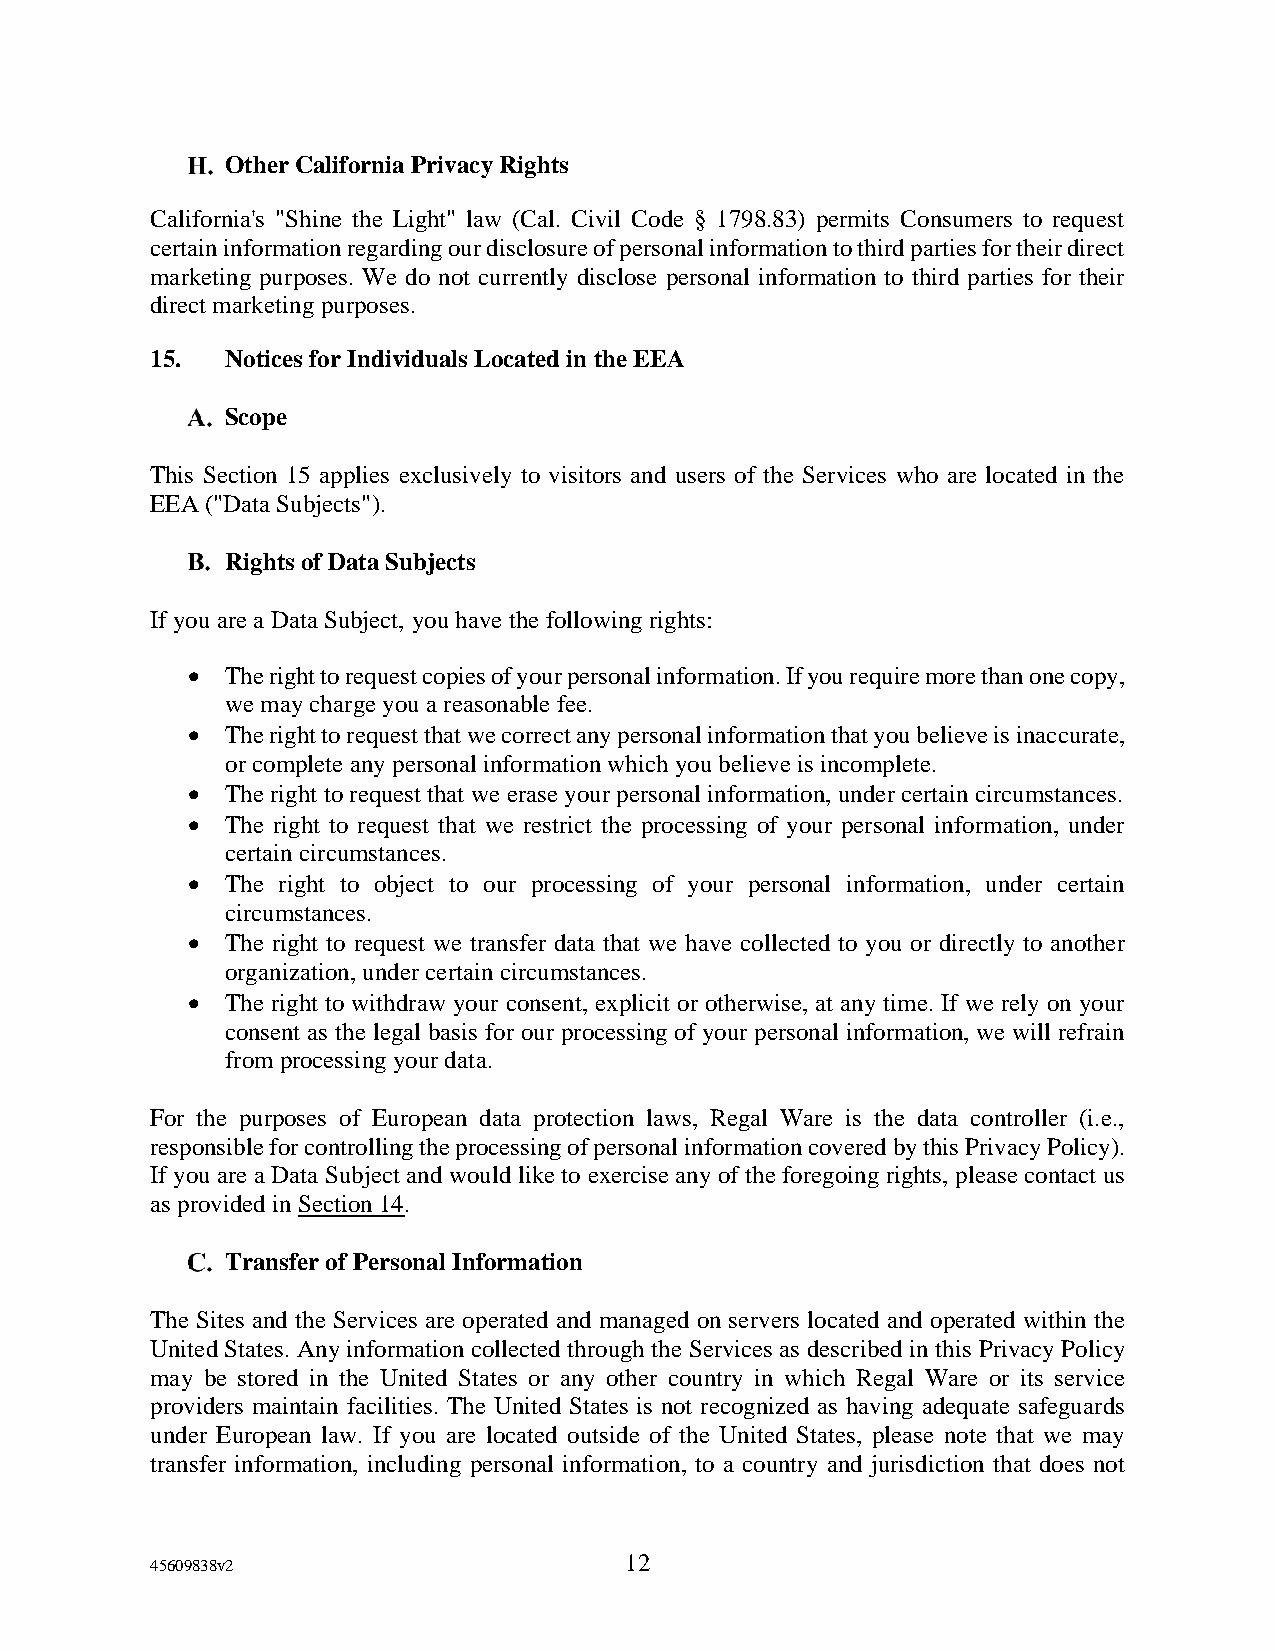
Other California Privacy Rights
 California's "Shine the Light" law (Cal. Civil Code § 1798.83) permits Consumers to request
 certain information regarding our disclosure of personal information to third parties for their direct
 marketing purposes. We do not currently disclose personal information to third parties for their
 direct marketing purposes.
 15.  Notices for Individuals Located in the EEA
 Scope
 This Section 15 applies exclusively to visitors and users of the Services who are located in the
 EEA ("Data Subjects").
 Rights of Data Subjects
 If you are a Data Subject, you have the following rights:
 •  The right to request copies of your personal information. If you require more than one copy,
 we may charge you a reasonable fee.
 •  The right to request that we correct any personal information that you believe is inaccurate,
 or complete any personal information which you believe is incomplete.
 •  The right to request that we erase your personal information, under certain circumstances.
 •  The right to request that we restrict the processing of your personal information, under
 certain circumstances.
 •  The right to object to our processing of your personal information, under certain
 circumstances.
 •  The right to request we transfer data that we have collected to you or directly to another
 organization, under certain circumstances.
 •  The right to withdraw your consent, explicit or otherwise, at any time. If we rely on your
 consent as the legal basis for our processing of your personal information, we will refrain
 from processing your data.
 For the purposes of European data protection laws, Regal Ware is the data controller (i.e.,
 responsible for controlling the processing of personal information covered by this Privacy Policy).
 If you are a Data Subject and would like to exercise any of the foregoing rights, please contact us
 as provided in Section 14.
 Transfer of Personal Information
 The Sites and the Services are operated and managed on servers located and operated within the
 United States. Any information collected through the Services as described in this Privacy Policy
 may be stored in the United States or any other country in which Regal Ware or its service
 providers maintain facilities. The United States is not recognized as having adequate safeguards
 under European law. If you are located outside of the United States, please note that we may
 transfer information, including personal information, to a country and jurisdiction that does not
 12
 45609838v2